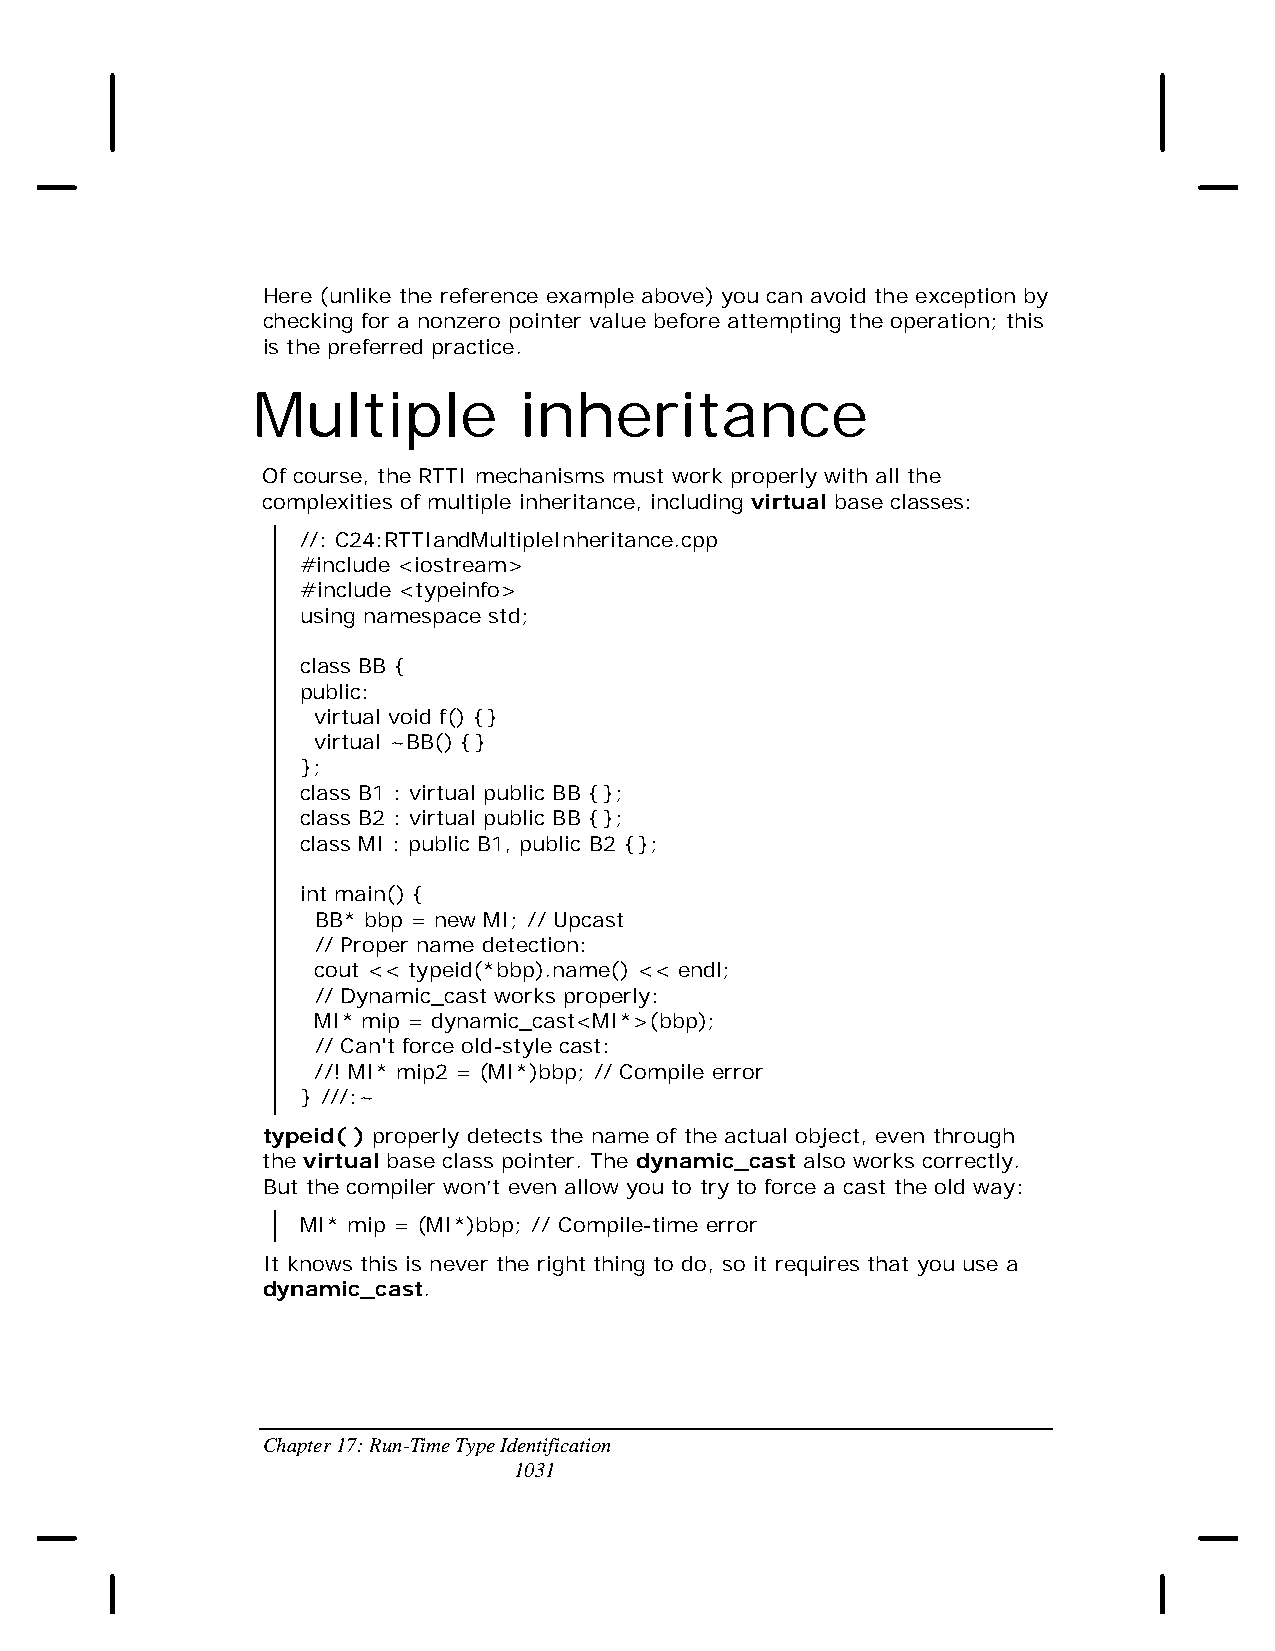
Here (unlike the reference example above) you can avoid the exception by
 checking for a nonzero pointer value before attempting the operation; this
 is the preferred practice.
 Multiple         inheritance
 Of course, the RTTI mechanisms must work properly with all the
 complexities of multiple inheritance, including virtual base classes:
 //: C24:RTTIandMultipleInheritance.cpp
 #include <iostream>
 #include <typeinfo>
 using namespace std;
 class BB {
 public:
 virtual void f() {}
 virtual ~BB() {}
 };
 class B1 : virtual public BB {};
 class B2 : virtual public BB {};
 class MI : public B1, public B2 {};
 int main() {
 BB* bbp = new MI; // Upcast
 // Proper name detection:
 cout << typeid(*bbp).name() << endl;
 // Dynamic_cast works properly:
 MI* mip = dynamic_cast<MI*>(bbp);
 // Can't force old-style cast:
 //! MI* mip2 = (MI*)bbp; // Compile error
 } ///:~
 typeid( ) properly detects the name of the actual object, even through
 the virtual base class pointer. The dynamic_cast also works correctly.
 But the compiler won’t even allow you to try to force a cast the old way:
 MI* mip = (MI*)bbp; // Compile-time error
 It knows this is never the right thing to do, so it requires that you use a
 dynamic_cast.
 Chapter 17: Run-Time Type Identification
 1031